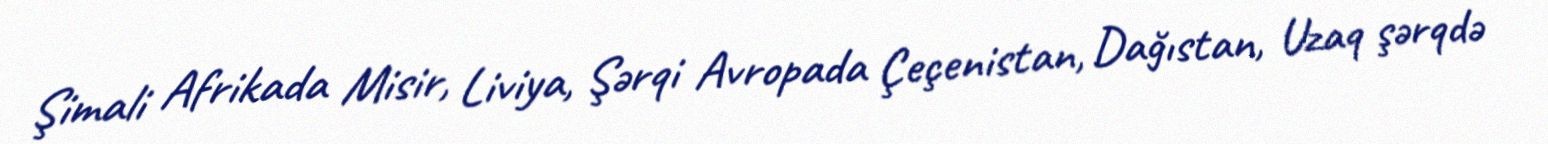
Şimali Afrikada Misir, Liviya, Şərqi Avropada Çeçenistan, Dağıstan, Uzaq şərqdə